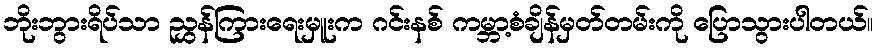
ဘိုးဘွားရိပ်သာ ညွှန်ကြားရေးမှူးက ဂင်းနစ် ကမ္ဘာ့စံချိန်မှတ်တမ်းကို ပြောသွားပါတယ်။